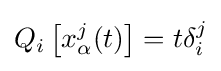
Q_{i}\left[x_{\alpha }^{j}(t)\right]=t\delta _{i}^{j}